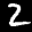
Label: 2